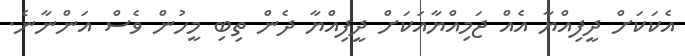
އެކަކަށް ދީފިއްޔާ އެއް ޖަމިއްޔާއަކަށް ދީފިއްޔާ ދެން ތިބި މީހުން ވެސް އަންނާނެ.